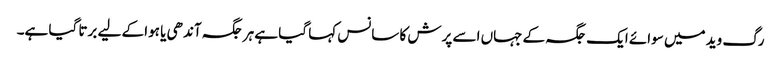
رگ وید میں سوائے ایک جگہ کے جہاں اسے پرش کا سانس کہا گیا ہے ہر جگہ آندھی یا ہوا کے لیے برتا گیا ہے۔